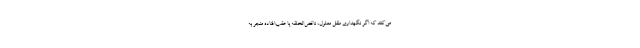
می‌کنند که اگر نگهداری طفل معلول، ناقص‌الخلقه یا عقب‌افتاده منجر به